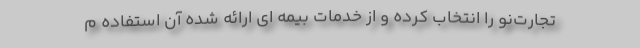
تجارت‌نو را انتخاب کرده و از خدمات بیمه ای ارائه شده آن استفاده م